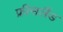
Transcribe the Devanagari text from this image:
फ्रीसलैंड